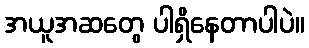
အယူအဆတွေ ပါရှိနေတာပါပဲ။